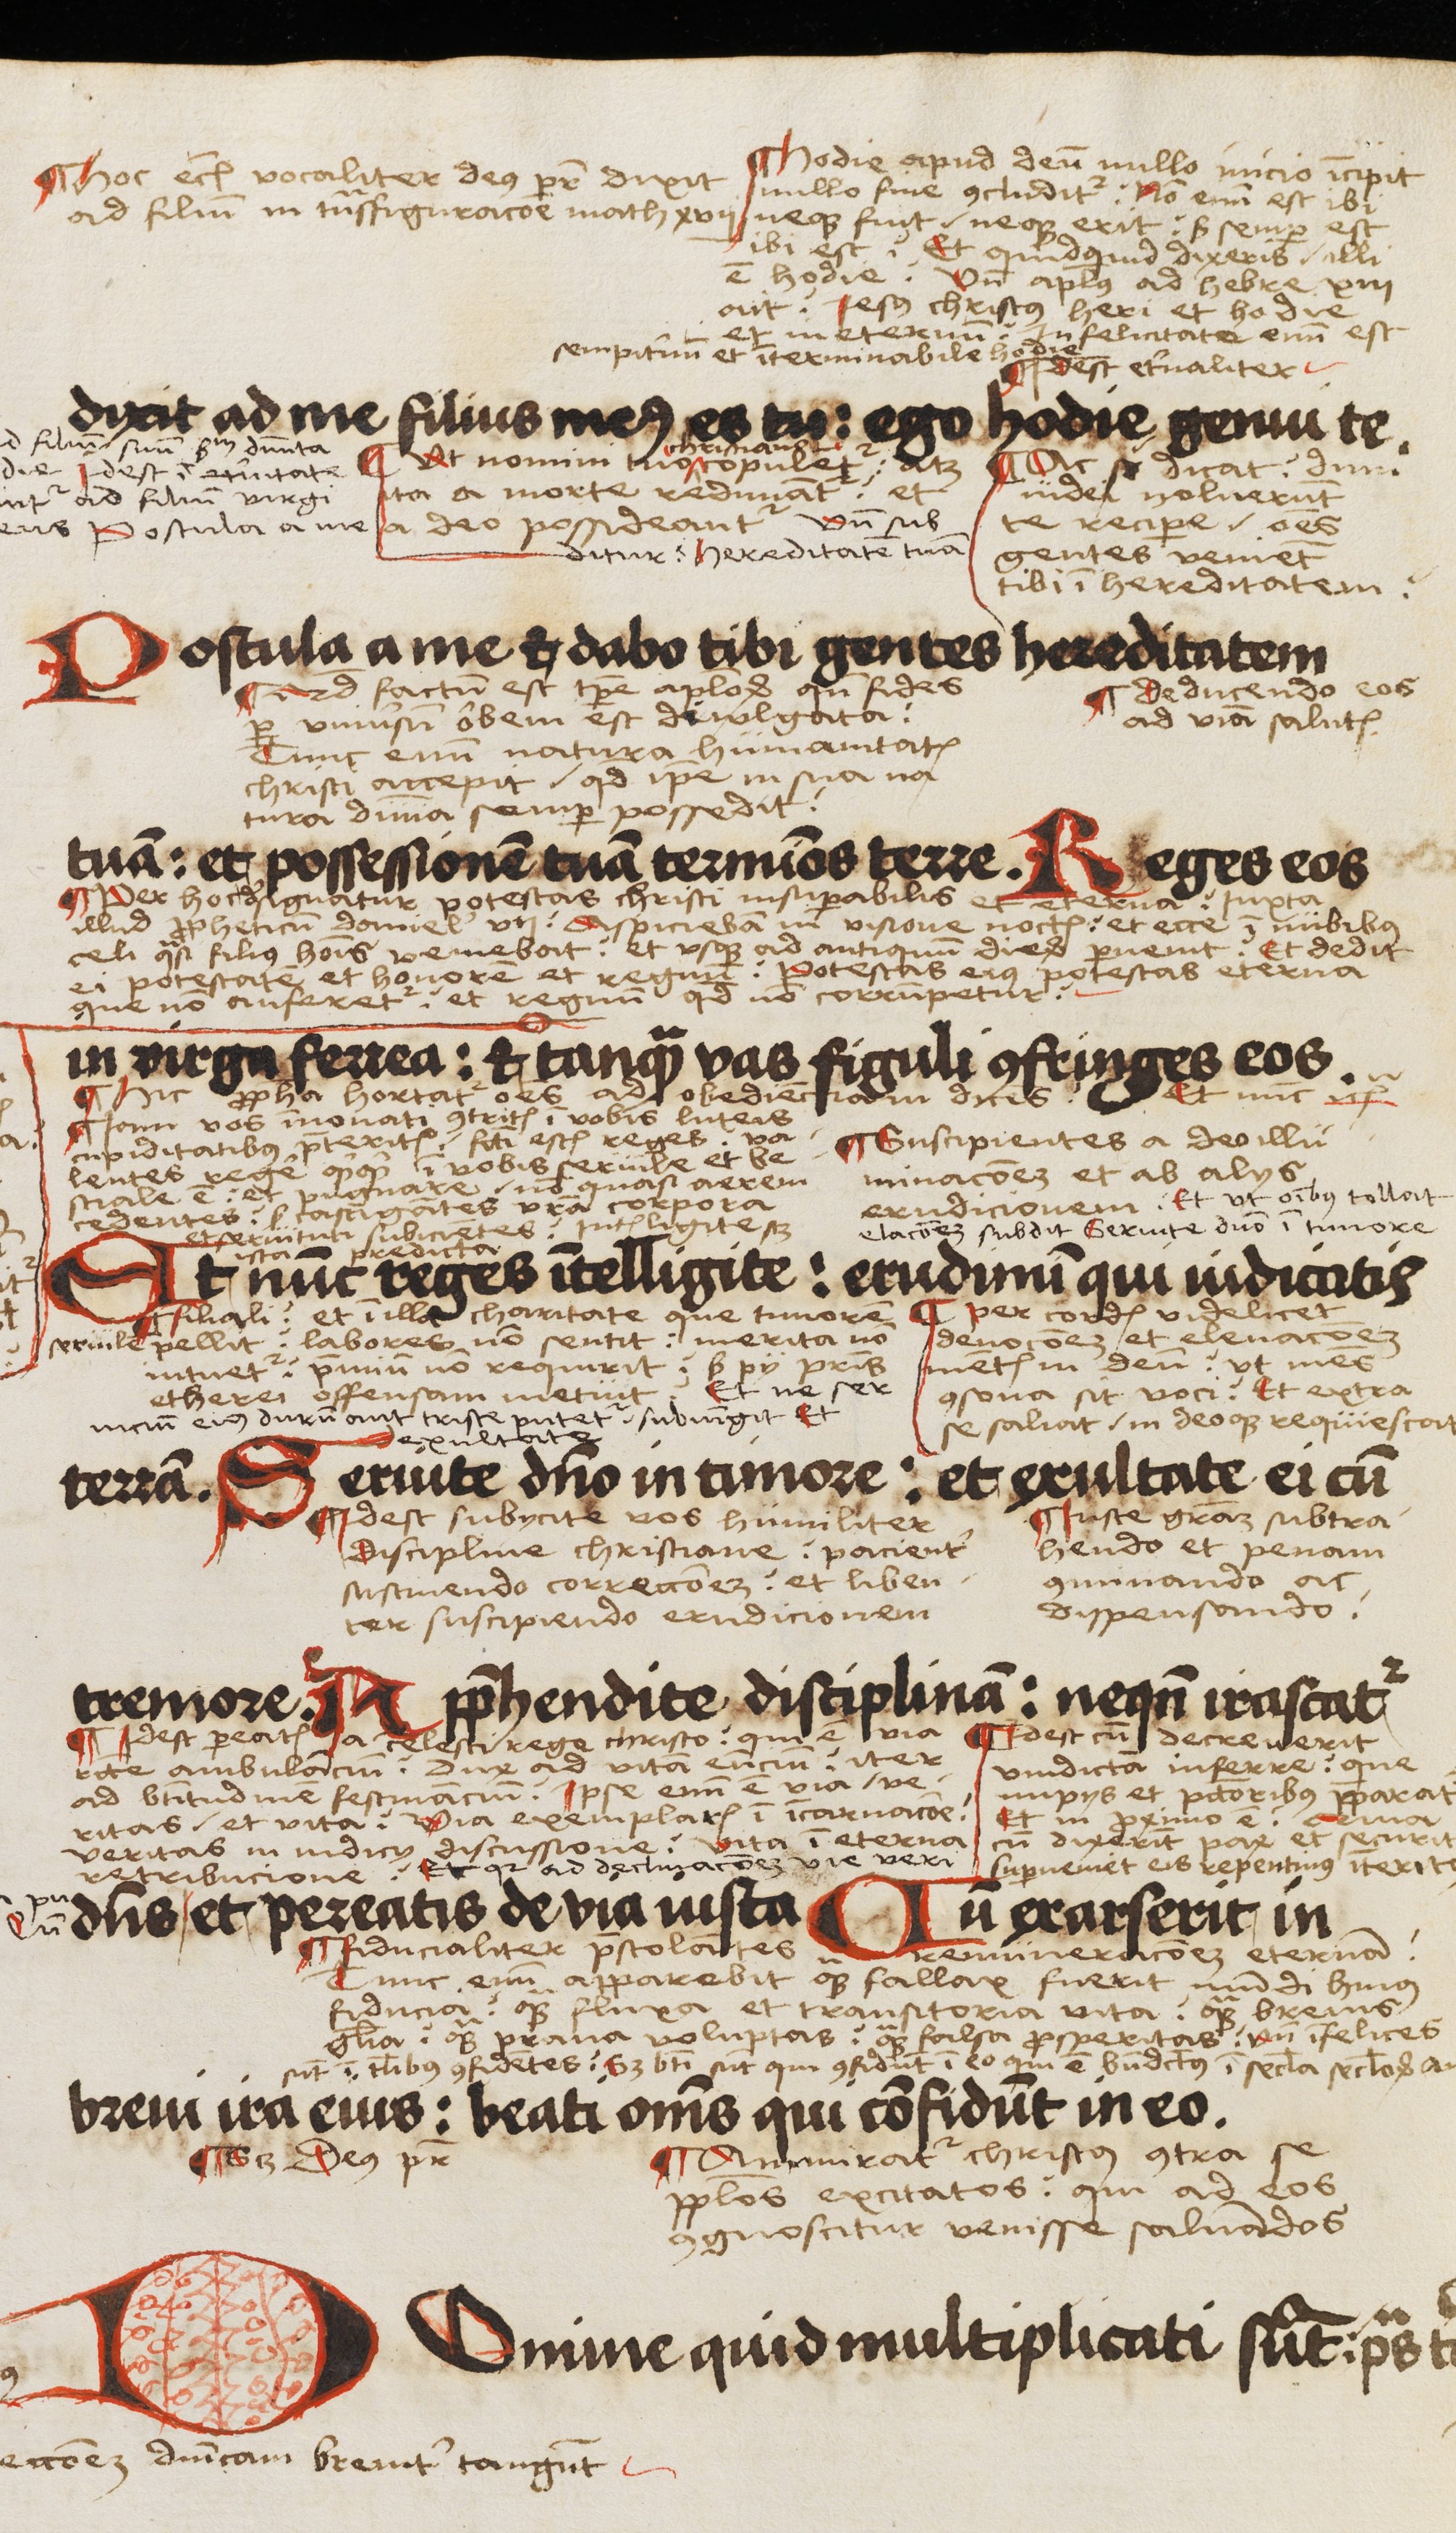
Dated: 1503–1503